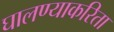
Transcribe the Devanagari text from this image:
घालण्याकरिता